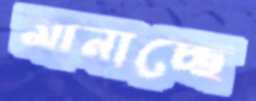
মানাচ্ছে